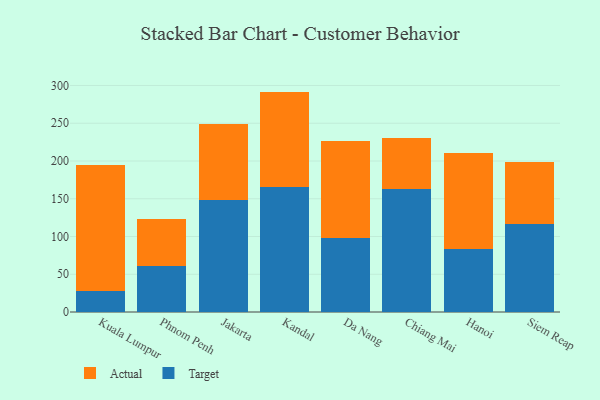
{"axis": {"x": "City", "y": "Net Income (USD K)"}, "legend": ["Actual", "Target"], "data": [{"x": "Kuala Lumpur", "y": 27.2, "type": "Target"}, {"x": "Kuala Lumpur", "y": 167.1, "type": "Actual"}, {"x": "Phnom Penh", "y": 60.9, "type": "Target"}, {"x": "Phnom Penh", "y": 62.6, "type": "Actual"}, {"x": "Jakarta", "y": 148.1, "type": "Target"}, {"x": "Jakarta", "y": 101.0, "type": "Actual"}, {"x": "Kandal", "y": 165.2, "type": "Target"}, {"x": "Kandal", "y": 126.7, "type": "Actual"}, {"x": "Da Nang", "y": 97.4, "type": "Target"}, {"x": "Da Nang", "y": 128.9, "type": "Actual"}, {"x": "Chiang Mai", "y": 163.5, "type": "Target"}, {"x": "Chiang Mai", "y": 67.2, "type": "Actual"}, {"x": "Hanoi", "y": 83.4, "type": "Target"}, {"x": "Hanoi", "y": 127.3, "type": "Actual"}, {"x": "Siem Reap", "y": 117.1, "type": "Target"}, {"x": "Siem Reap", "y": 81.7, "type": "Actual"}]}